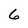
Character: 6